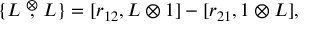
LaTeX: \{ L \stackrel { \otimes } { , } L \} = [ r _ { 1 2 } , L \otimes 1 ] - [ r _ { 2 1 } , 1 \otimes L ] ,